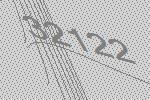
32122